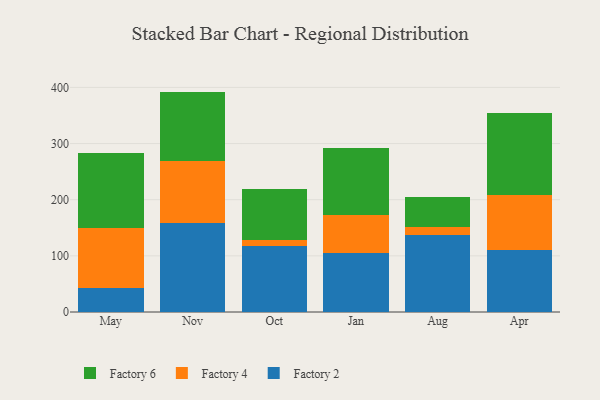
{"axis": {"x": "Month", "y": "Conversion Rate (%)"}, "legend": ["Factory 2", "Factory 4", "Factory 6"], "data": [{"x": "May", "y": 42.3, "type": "Factory 2"}, {"x": "May", "y": 108.0, "type": "Factory 4"}, {"x": "May", "y": 132.8, "type": "Factory 6"}, {"x": "Nov", "y": 158.3, "type": "Factory 2"}, {"x": "Nov", "y": 109.9, "type": "Factory 4"}, {"x": "Nov", "y": 124.3, "type": "Factory 6"}, {"x": "Oct", "y": 117.9, "type": "Factory 2"}, {"x": "Oct", "y": 10.1, "type": "Factory 4"}, {"x": "Oct", "y": 90.7, "type": "Factory 6"}, {"x": "Jan", "y": 105.9, "type": "Factory 2"}, {"x": "Jan", "y": 66.8, "type": "Factory 4"}, {"x": "Jan", "y": 119.4, "type": "Factory 6"}, {"x": "Aug", "y": 137.4, "type": "Factory 2"}, {"x": "Aug", "y": 13.4, "type": "Factory 4"}, {"x": "Aug", "y": 54.3, "type": "Factory 6"}, {"x": "Apr", "y": 110.0, "type": "Factory 2"}, {"x": "Apr", "y": 98.5, "type": "Factory 4"}, {"x": "Apr", "y": 145.4, "type": "Factory 6"}]}